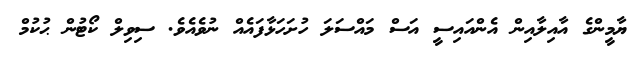
ޔާމީންގެ އާއިލާއިން އެންއައިސީ އަސް މައްސަލަ ހުށަހަޅާފައެއް ނުވެއެވެ. ސިވިލް ކޯޓުން ޙުކުމް